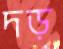
দড়